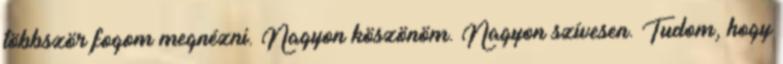
többször fogom megnézni. Nagyon köszönöm. Nagyon szívesen. Tudom, hogy